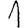
Digit: 1